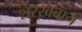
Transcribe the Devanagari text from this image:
शरख़बान